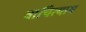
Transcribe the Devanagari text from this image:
वाचित्याय